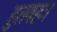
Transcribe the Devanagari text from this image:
हुतवहः।